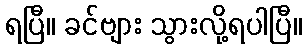
ရပြီ။ ခင်ဗျား သွားလို့ရပါပြီ။